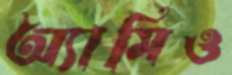
অ্যামিও